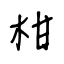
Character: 柑